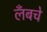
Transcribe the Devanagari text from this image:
लँबचे